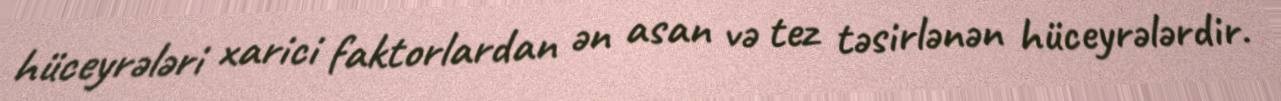
hüceyrələri xarici faktorlardan ən asan və tez təsirlənən hüceyrələrdir.